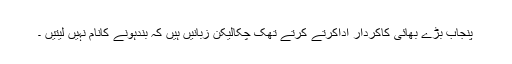
پنجاب بڑے بھائی کاکردار اداکرتے کرتے تھک چکالیکن زبانیں ہیں کہ بندہونے کانام نہیں لیتیں ۔